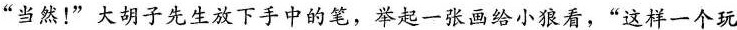
”当然！”大胡子先生放下手中的笔，举起一张画给小狼看，”这样一个玩